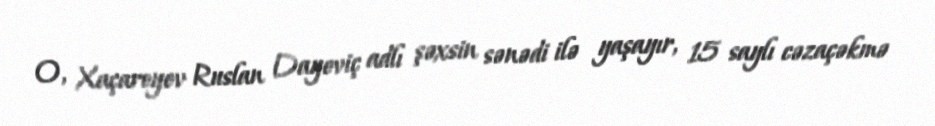
O, Xaçaroyev Ruslan Dayeviç adlı şəxsin sənədi ilə yaşayır, 15 saylı cəzaçəkmə